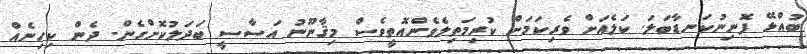
ބުއްޅޭ ފޮނިނުކަނޑާބަލަ. ކަލެއަށް ވެރިކަމަށް ކުރިމަތިލެވެންއޮތީވެސް މިޤާނޫނު އަސާސީ ބަދަލުކޮށްގެން. ދެން ކިހިނެއް